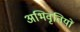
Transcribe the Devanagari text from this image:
अभिवृतियों